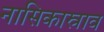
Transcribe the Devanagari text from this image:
नासिकास्राव